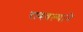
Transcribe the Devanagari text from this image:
राबवल्याने